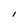
Character: I